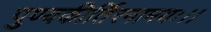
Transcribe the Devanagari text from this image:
पुण्यकीर्तिरनामयः।।